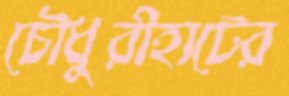
চৌধুরীহাটের